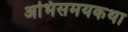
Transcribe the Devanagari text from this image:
अभिसमयकथा